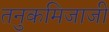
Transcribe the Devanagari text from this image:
तनुकमिजाजी